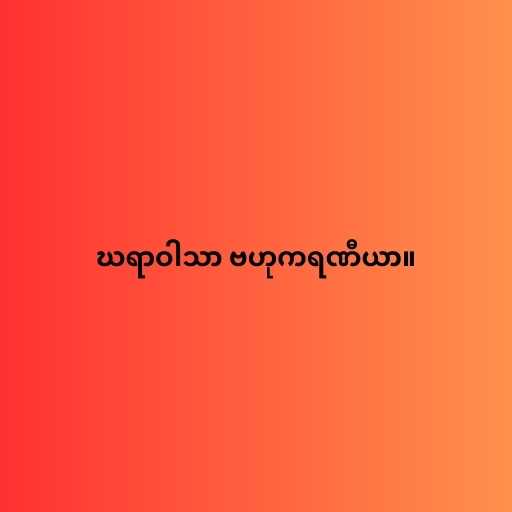
ဃရာဝါသာ ဗဟုကရဏီယာ။